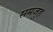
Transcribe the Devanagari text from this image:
समजुह